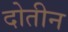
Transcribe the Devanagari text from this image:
दोतीन